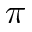
\pi